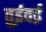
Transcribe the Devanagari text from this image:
तुईवई